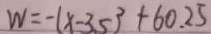
W = - ( x - 3 . 5 ) ^ { 2 } + 6 0 . 2 5